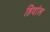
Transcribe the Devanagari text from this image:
हिदांल